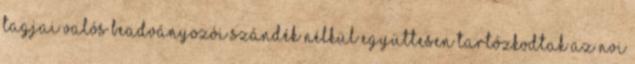
tagjai valós beadványozói szándék nélkül együttesen tartózkodtak az NVI